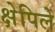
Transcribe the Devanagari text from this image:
क्षेपिले